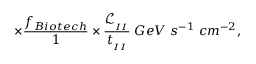
\times \frac { f _ { B i o t e c h } } { 1 } \times \frac { \mathcal { L } _ { _ { I I } } } { t _ { _ { I I } } } \; G e V \; s ^ { - 1 } \; c m ^ { - 2 } ,